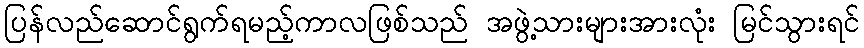
ပြန်လည်ဆောင်ရွက်ရမည့်ကာလဖြစ်သည် အဖွဲ့သားများအားလုံး မြင်သွားရင်